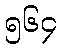
၅၆၄